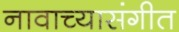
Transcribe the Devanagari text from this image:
नावाच्यासंगीत